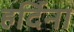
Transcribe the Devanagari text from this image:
हर्दिना